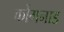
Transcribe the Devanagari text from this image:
कोंगनाड